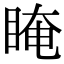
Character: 䁆